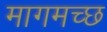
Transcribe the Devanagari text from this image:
मागमच्छ